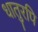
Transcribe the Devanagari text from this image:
धातुरपि